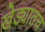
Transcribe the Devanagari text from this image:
खेड्यातच